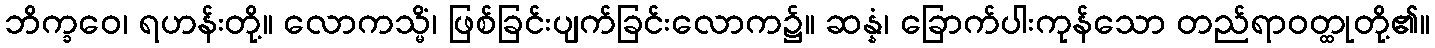
ဘိက္ခဝေ၊ ရဟန်းတို့။ လောကသ္မိံ၊ ဖြစ်ခြင်းပျက်ခြင်းလောက၌။ ဆန္နံ၊ ခြောက်ပါးကုန်သော တည်ရာဝတ္ထုတို့၏။